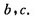
b，c.